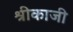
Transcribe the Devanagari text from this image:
श्रीकाजी